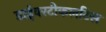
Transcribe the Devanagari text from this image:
डाईवरटीकलटिस